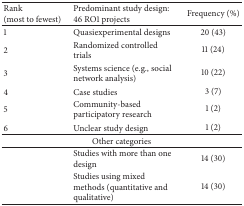
<table><thead><tr><td><b>Rank(most to fewest)</b></td><td><b>Predominant study design:46 RO1 projects</b></td><td><b>Frequency (%)</b></td></tr></thead><tbody><tr><td>1</td><td>Quasiexperimental designs</td><td>20 (43)</td></tr><tr><td>2</td><td>Randomized controlled trials</td><td>11 (24)</td></tr><tr><td>3</td><td>Systems science (e.g., social network analysis)</td><td>10 (22)</td></tr><tr><td>4</td><td>Case studies</td><td>3 (7)</td></tr><tr><td>5</td><td>Community-based participatory research</td><td>1 (2)</td></tr><tr><td>6</td><td>Unclear study design</td><td>1 (2)</td></tr><tr><td colspan="3">Other categories</td></tr><tr><td> </td><td>Studies with more than one design</td><td>14 (30)</td></tr><tr><td> </td><td>Studies using mixed methods (quantitative and qualitative)</td><td>14 (30)</td></tr></tbody></table>